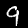
Digit: 9